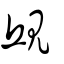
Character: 屔